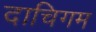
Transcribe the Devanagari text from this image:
दाचिगम